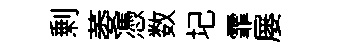
剰萎憑数圮霏屡